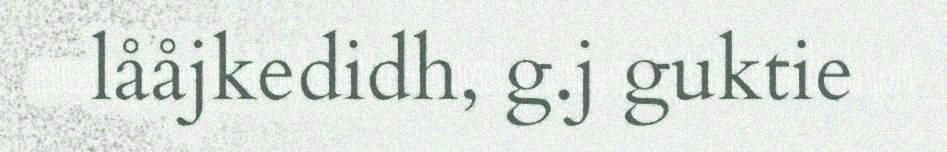
lååjkedidh, g.j guktie